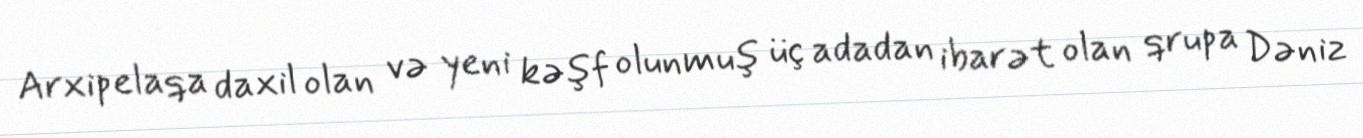
Arxipelaqa daxil olan və yeni kəşf olunmuş üç adadan ibarət olan qrupa Dəniz